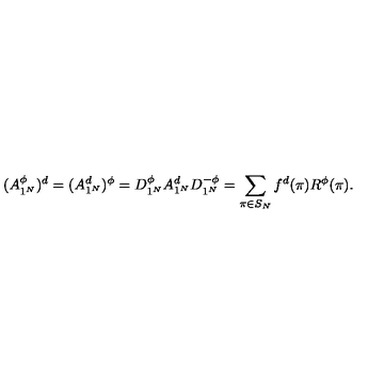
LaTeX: ( A _ { 1 ^ { N } } ^ { \phi } ) ^ { d } = ( A _ { 1 ^ { N } } ^ { d } ) ^ { \phi } = D _ { 1 ^ { N } } ^ { \phi } A _ { 1 ^ { N } } ^ { d } D _ { 1 ^ { N } } ^ { - \phi } = \sum _ { \pi \in S _ { N } } f ^ { d } ( \pi ) R ^ { \phi } ( \pi ) .